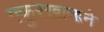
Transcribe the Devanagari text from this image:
गफुरखानाने